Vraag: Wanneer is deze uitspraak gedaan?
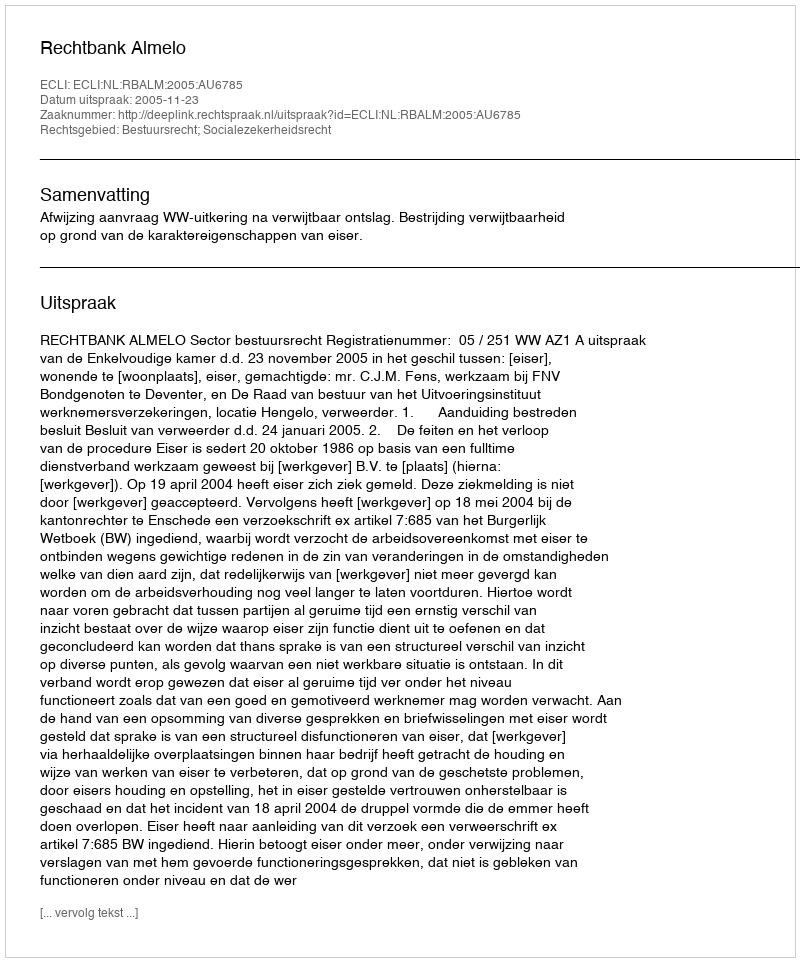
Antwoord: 2005-11-23